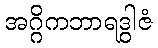
အဂ္ဂိကဘာရဒွါဇံ